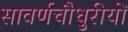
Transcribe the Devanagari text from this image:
सावर्णचौधुरीयों